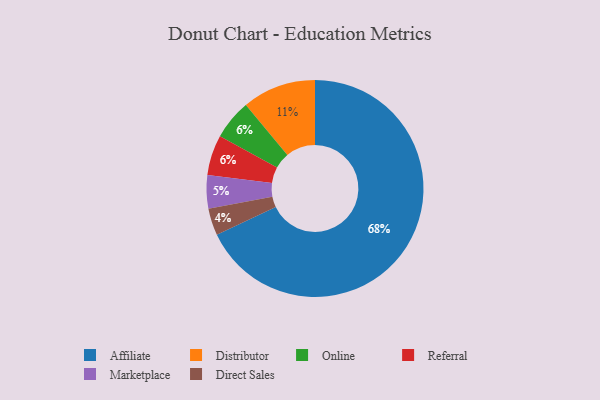
{"axis": {"x": "Category", "y": "Percentage"}, "legend": ["Affiliate", "Direct Sales", "Distributor", "Marketplace", "Online", "Referral"], "data": [{"x": "Marketplace", "y": 5, "type": "Marketplace"}, {"x": "Online", "y": 6, "type": "Online"}, {"x": "Distributor", "y": 11, "type": "Distributor"}, {"x": "Affiliate", "y": 68, "type": "Affiliate"}, {"x": "Referral", "y": 6, "type": "Referral"}, {"x": "Direct Sales", "y": 4, "type": "Direct Sales"}]}